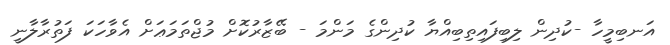
އަނބިމީހާ -ކުދިން ލިބިފައިތިބިއްޔާ ކުދިންގެ މަންމަ - ބޭޒާރުކޮށް މުޖްތަމަޢަށް އެވާހަކަ ފަތުރާލާނީ